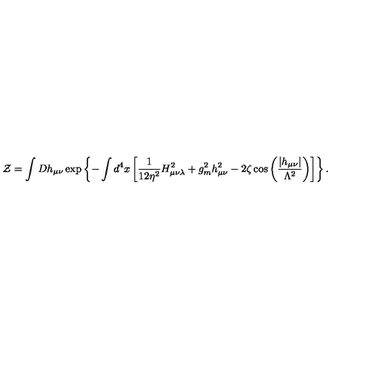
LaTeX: { \cal Z } = \int D h _ { \mu \nu } \exp \left\{ - \int d ^ { 4 } x \left[ \frac { 1 } { 1 2 \eta ^ { 2 } } H _ { \mu \nu \lambda } ^ { 2 } + g _ { m } ^ { 2 } h _ { \mu \nu } ^ { 2 } - 2 \zeta \cos \left( \frac { \left| h _ { \mu \nu } \right| } { \Lambda ^ { 2 } } \right) \right] \right\} .